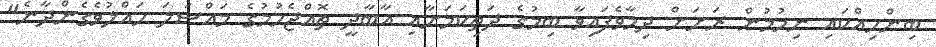
ބިންހިއްކައި ނިމުމުން ރަށަށް ދިމާވެފައިވާ ބިމުގެ ދަތިކަމަށާއި އާބާދީ ތޮއްޖެހުމުގެ މައްސަލަ ހައްލުވެގެންދާނެ"